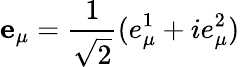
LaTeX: \mathbf{e}_{\mu}=\frac{1}{\sqrt 2}(e_{\mu}^{1}+ie_{\mu}^{2})